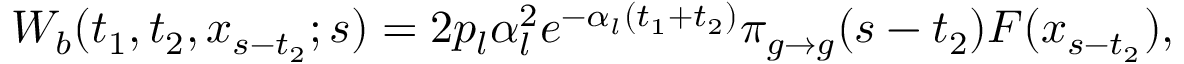
{ \cal W } _ { b } ( t _ { 1 } , t _ { 2 } , x _ { s - t _ { 2 } } ; s ) = 2 p _ { l } \alpha _ { l } ^ { 2 } e ^ { - \alpha _ { l } ( t _ { 1 } + t _ { 2 } ) } \pi _ { g \to g } ( s - t _ { 2 } ) { \cal F } ( x _ { s - t _ { 2 } } ) ,